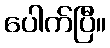
ပေါက်ပြီ။